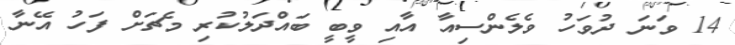
14 ވަނަ ދުވަހު ވެލެންސިއާ އާއި ވީބީ ބައްދަލުކުރި މެޗަށް ފަހު އޭނާ